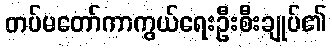
တပ်မတော်ကာကွယ်ရေးဦးစီးချုပ်၏